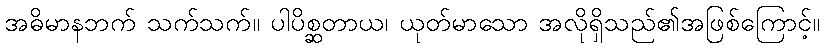
အဓိမာနဘက် သက်သက်။ ပါပိစ္ဆတာယ၊ ယုတ်မာသော အလိုရှိသည်၏အဖြစ်ကြောင့်။